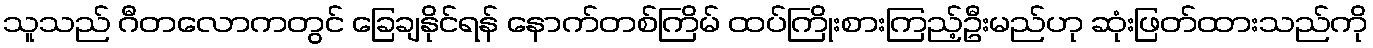
သူသည် ဂီတလောကတွင် ခြေချနိုင်ရန် နောက်တစ်ကြိမ် ထပ်ကြိုးစားကြည့်ဦးမည်ဟု ဆုံးဖြတ်ထားသည်ကို